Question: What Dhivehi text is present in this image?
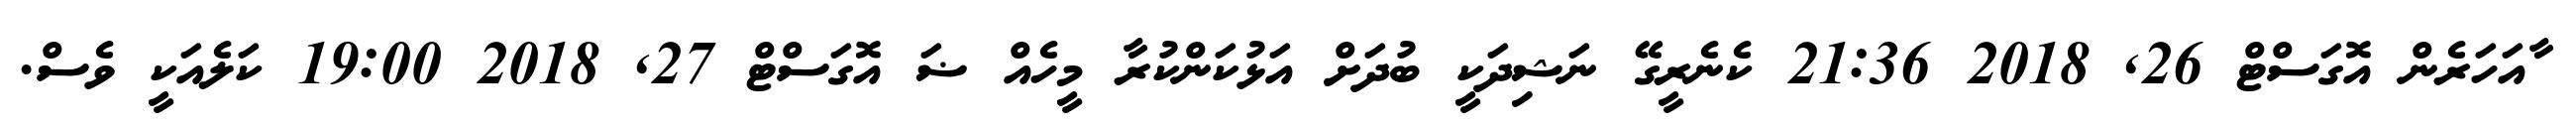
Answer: ާއަހަރެން އޮގަސްޓް 26, 2018 21:36 ކެނެރީގޭ ނަޝިދަކީ ބުދަށް އަޅުކަންކުރާ މީހެއް ޟަ އޮގަސްޓް 27, 2018 19:00 ކަލެއަކީ ވެސް.